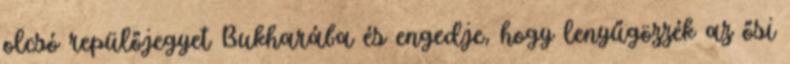
olcsó repülőjegyet Bukharába és engedje, hogy lenyűgözzék az ősi